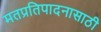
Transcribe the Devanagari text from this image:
मतप्रतिपादनासाठी